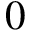
0